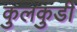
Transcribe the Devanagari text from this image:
कुलकुडी